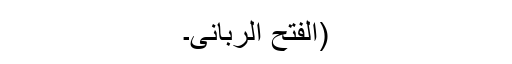
(الفتح الربانی۔